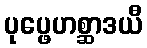
ပုပ္ဖေဟစ္ဆာဒယီ